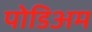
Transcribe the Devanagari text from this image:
पोडिअम